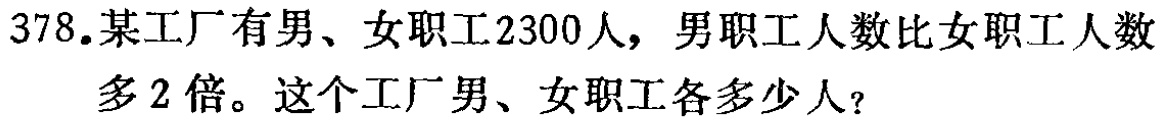
378.某工厂有男、女职工2300人，男职工人数比女职工人数多2倍。这个工厂男、女职工各多少人？